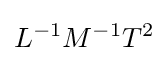
L^{-1}M^{-1}T^{2}